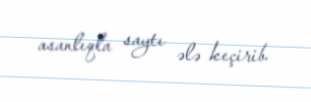
asanlıqla saytı ələ keçirib.